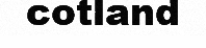
cotland